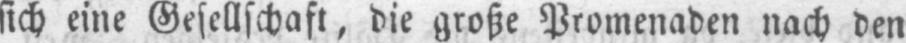
sich eine Gesellschaft, die große Promenaden nach den